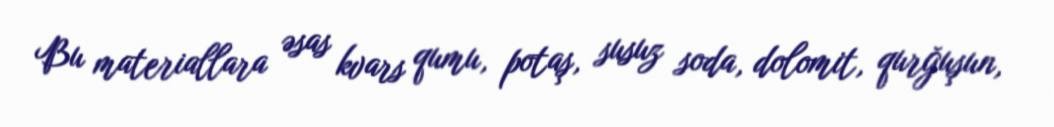
Bu materiallara əsas kvars qumu, potaş, susuz soda, dolomit, qurğuşun,